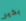
بخير